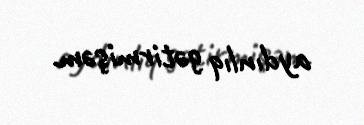
aydınlıq gətirmişəm.